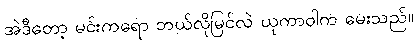
အဲဒီတော့ မင်းကရော ဘယ်လိုမြင်လဲ ယုကာဝါက မေးသည်။